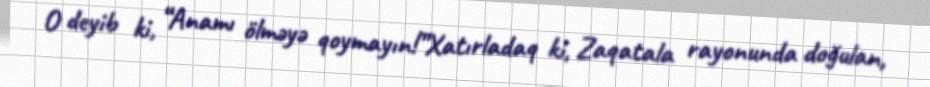
O deyib ki, “Anamı ölməyə qoymayın!”Xatırladaq ki, Zaqatala rayonunda doğulan,